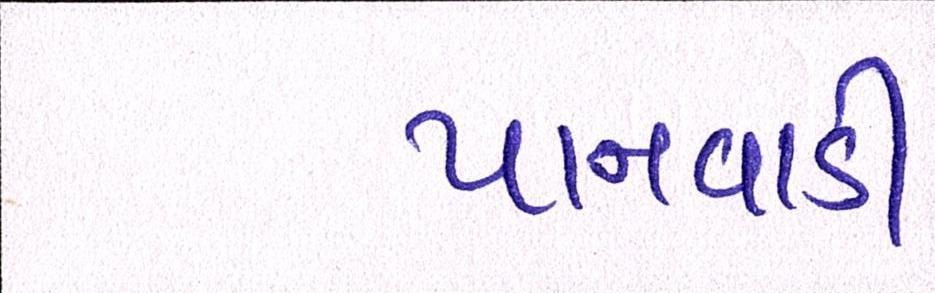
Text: પાનવાડી